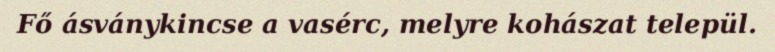
Fő ásványkincse a vasérc, melyre kohászat települ.